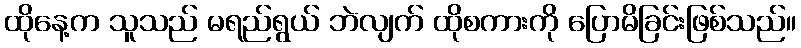
ထိုနေ့က သူသည် မရည်ရွယ် ဘဲလျက် ထိုစကားကို ပြောမိခြင်းဖြစ်သည်။